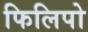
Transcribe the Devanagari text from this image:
फिलिपो